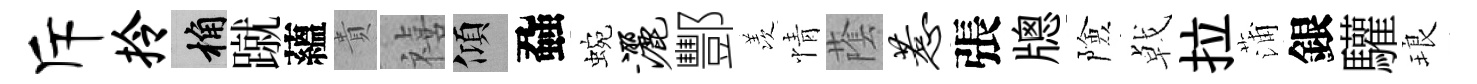
斥拎桷蹴蘊貴禧傾蝨蜿洒酆羡情䕃惹張牕險㦸拉蒲銀驩琅